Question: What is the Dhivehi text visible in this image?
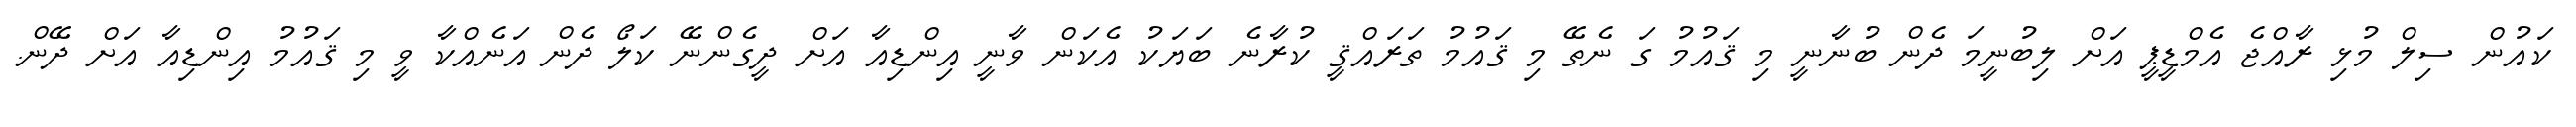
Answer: ކައުން ސިލް މުޅި ރާއްޖެ އެމްޑީޕީ އަށް ލިބުނީމަ ދެން ބުނާނީ މި ޤައުމު ގަ ނެތޭ މި ޤައުމު ތަރައްޤީ ކުރާނެ ބަޔަކު އެކަން ވާނީ އިންޑިއާ އަށް ދީގެންނޭ ކަލޯ ދެން އަނެއްކާ ވީ މި ޤައުމު އިންޑިއާ އަށް ދޭން.